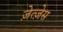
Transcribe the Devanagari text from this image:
ज़ेत्ज़ेस